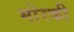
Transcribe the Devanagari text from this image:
मोरकी